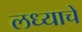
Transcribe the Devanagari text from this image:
लध्याचे